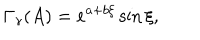
LaTeX: \Gamma _ { \gamma } ( A ) = e ^ { a + b \xi } \sin \xi ,